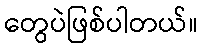
တွေပဲဖြစ်ပါတယ်။